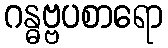
ဂန္ဓဗ္ဗပစာရော